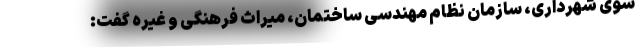
سوی شهرداری، سازمان نظام مهندسی ساختمان، میراث فرهنگی و غیره گفت: